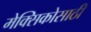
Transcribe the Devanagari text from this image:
मेक्सिकोसाठी